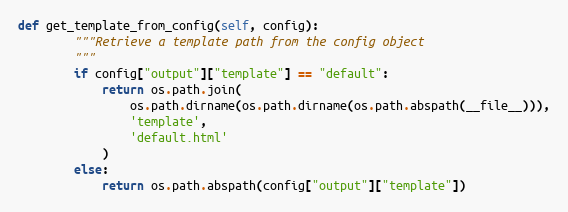
Language: Python
def get_template_from_config(self, config):
        """Retrieve a template path from the config object
        """
        if config["output"]["template"] == "default":
            return os.path.join(
                os.path.dirname(os.path.dirname(os.path.abspath(__file__))),
                'template',
                'default.html'
            )
        else:
            return os.path.abspath(config["output"]["template"])